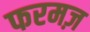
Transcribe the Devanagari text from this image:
फरमज़